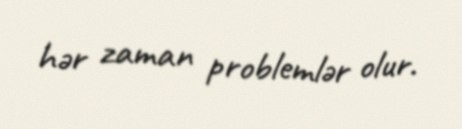
hər zaman problemlər olur.